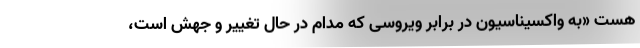
هست «به واکسیناسیون در برابر ویروسی که مدام در حال تغییر و جهش است،